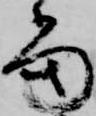
当